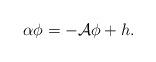
LaTeX: \begin{align*}\alpha \phi =-\mathcal{A}\phi +h. \end{align*}